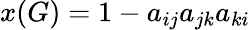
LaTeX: x(G)=1-a_{ij}a_{jk}a_{ki}